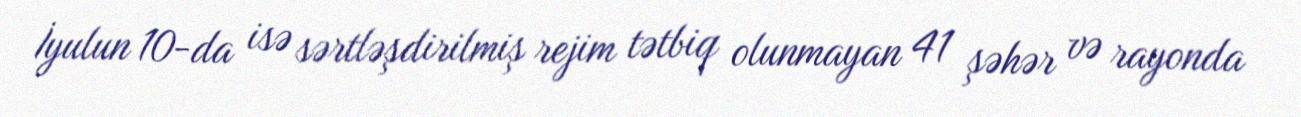
İyulun 10-da isə sərtləşdirilmiş rejim tətbiq olunmayan 41 şəhər və rayonda